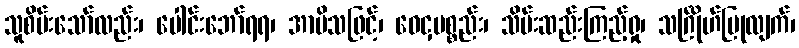
သူစိမ်းသော်လည်း၊ ပေါင်းဘော်ရရ၊ အာမိသဖြင့်၊ ဝေငှပစ္စည်း၊ သိမ်းဆည်းကြည့်ရှု၊ သင်္ဂြိုဟ်ပြုလျက်၊